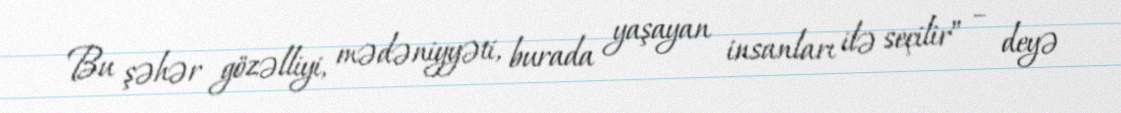
Bu şəhər gözəlliyi, mədəniyyəti, burada yaşayan insanları ilə seçilir” – deyə